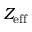
Z _ { \mathrm { e f f } }